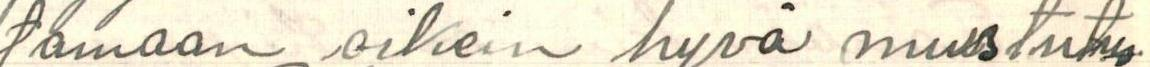
tamaan oikein hyvä muistutus